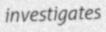
investigates